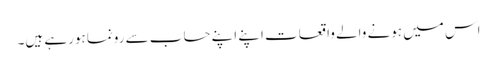
اس میں ہونے والے واقعات اپنے اپنے حساب سے رونما ہورہے ہیں۔